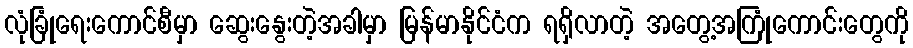
လုံခြုံရေးကောင်စီမှာ ဆွေးနွေးတဲ့အခါမှာ မြန်မာနိုင်ငံက ရရှိလာတဲ့ အတွေ့အကြုံကောင်းတွေကို